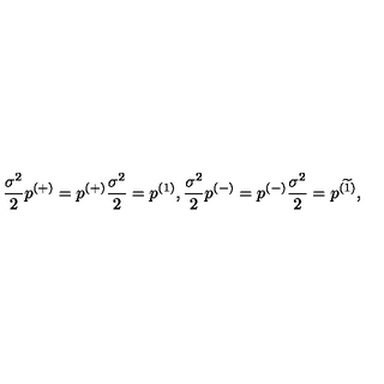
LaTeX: \frac { \sigma ^ { 2 } } 2 p ^ { ( + ) } = p ^ { ( + ) } \frac { \sigma ^ { 2 } } 2 = p ^ { ( 1 ) } , \frac { \sigma ^ { 2 } } 2 p ^ { ( - ) } = p ^ { ( - ) } \frac { \sigma ^ { 2 } } 2 = p ^ { ( \widetilde { 1 } ) } ,